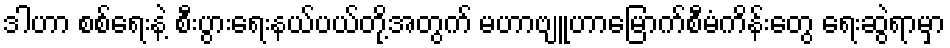
ဒါဟာ စစ်ရေးနဲ့ စီးပွားရေးနယ်ပယ်တို့အတွက် မဟာဗျူဟာမြောက်စီမံကိန်းတွေ ရေးဆွဲရာမှာ